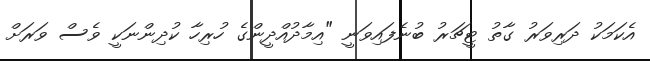
އެކަމަކު ދަރިވަރު ގާތު ޓީޗަރު ބުނެފައިވަނީ "އިމާދުއްދީންގެ ހުރިހާ ކުދިންނަކީ ވެސް ވަރަށް